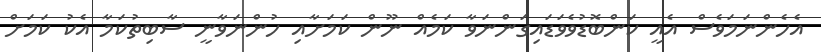
އެހެންނަމަވެސް އެއީ ކަންބޮޑުވެވަޑައިގަންނަވާ ކަމެއް ނޫން ކަމަށާއި ހުންނަވާނީ ސާބިތުކަމާ އެކު ކަމަށް